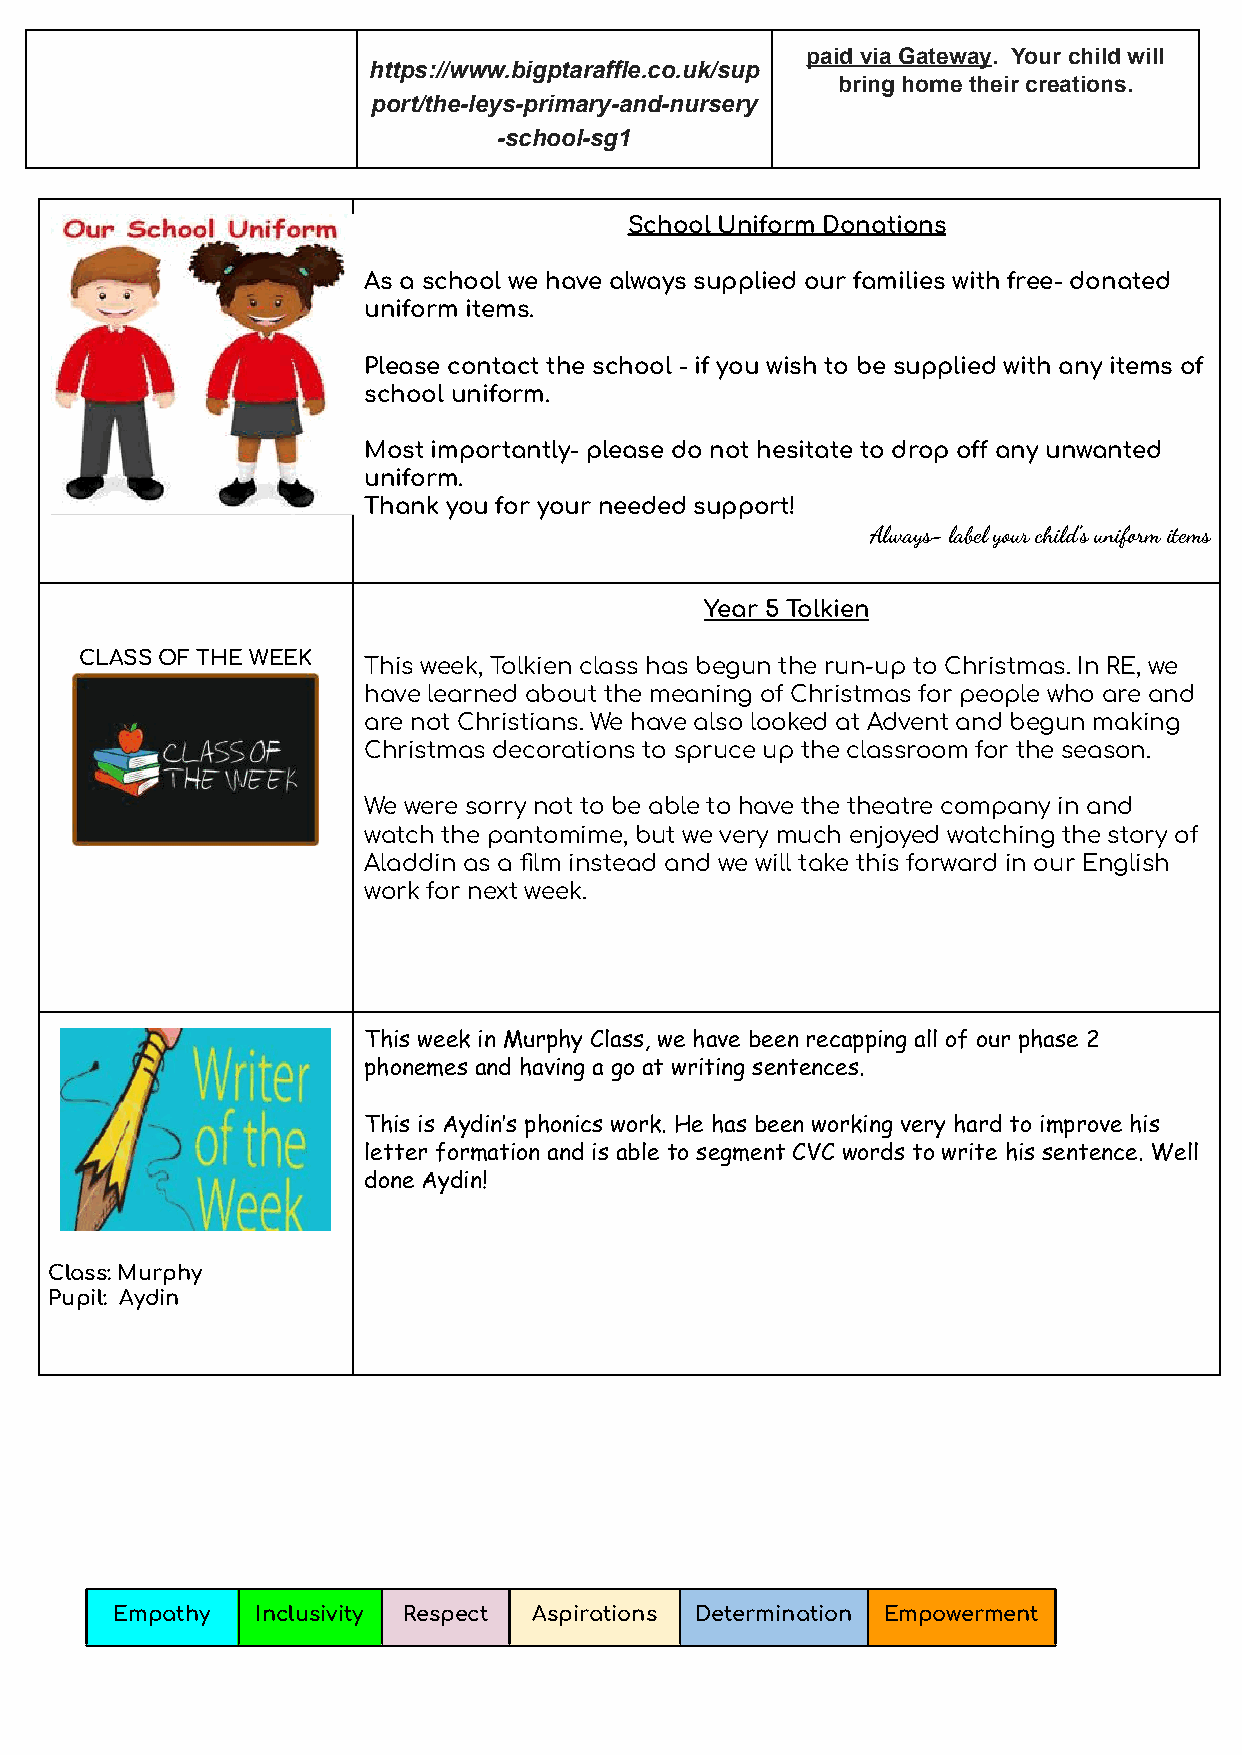
paid via Gateway. Your child will
 https://www.bigptaraffle.co.uk/sup
 bring home their creations.
 port/the-leys-primary-and-nursery
 -school-sg1
 School Uniform Donations
 As a school we have always supplied our families with free- donated
 uniform items.
 Please contact the school - if you wish to be supplied with any items of
 school uniform.
 Most importantly- please do not hesitate to drop o any unwanted
 uniform.
 Thank you for your needed support!
 Always- label your child’s unifm items
 Year 5 Tolkien
 CLASS OF THE WEEK
 This week, Tolkien class has begun the run-up to Christmas. In RE, we
 have learned about the meaning of Christmas for people who are and
 are not Christians. We have also looked at Advent and begun making
 Christmas decorations to spruce up the classroom for the season.
 We were sorry not to be able to have the theatre company in and
 watch the pantomime, but we very much enjoyed watching the story of
 Aladdin as a film instead and we will take this forward in our English
 work for next week.
 This week in Murphy Class, we have been recapping all of our phase 2
 phonemes and having a go at writing sentences.
 This is Aydin’s phonics work. He has been working very hard to improve his
 letter formation and is able to segment CVC words to write his sentence. Well
 done Aydin!
 Class: Murphy
 Pupil: Aydin
 Empathy  Inclusivity Respect Aspirations Determination Empowerment